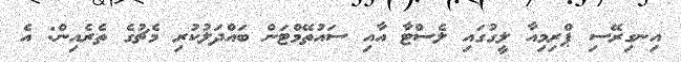
އިނގިރޭސި ޕްރިމިއާ ލީގުގައި ލެސްޓާ އާއި ސައުތޭމްޓަން ބައްދަލުކުރި މެޗުގެ ތެރެއިން: އެ